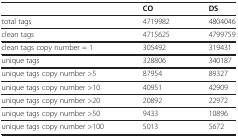
<table><thead><tr><td><b> </b></td><td><b>CO</b></td><td><b>DS</b></td></tr></thead><tbody><tr><td>total tags</td><td>4719982</td><td>4804046</td></tr><tr><td>clean tags</td><td>4715625</td><td>4799759</td></tr><tr><td>clean tags copy number = 1</td><td>305492</td><td>319431</td></tr><tr><td>unique tags</td><td>328806</td><td>340187</td></tr><tr><td>unique tags copy number &gt;5</td><td>87954</td><td>89327</td></tr><tr><td>unique tags copy number &gt;10</td><td>40951</td><td>42909</td></tr><tr><td>unique tags copy number &gt;20</td><td>20892</td><td>22972</td></tr><tr><td>unique tags copy number &gt;50</td><td>9433</td><td>10896</td></tr><tr><td>unique tags copy number &gt;100</td><td>5013</td><td>5672</td></tr></tbody></table>